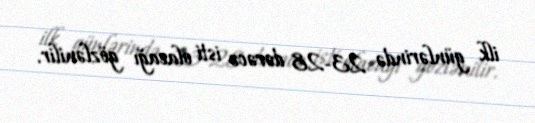
ilk günlərində 23-28 dərəcə isti olacağı gözlənilir.